Leaving Certificate Examination, 1918
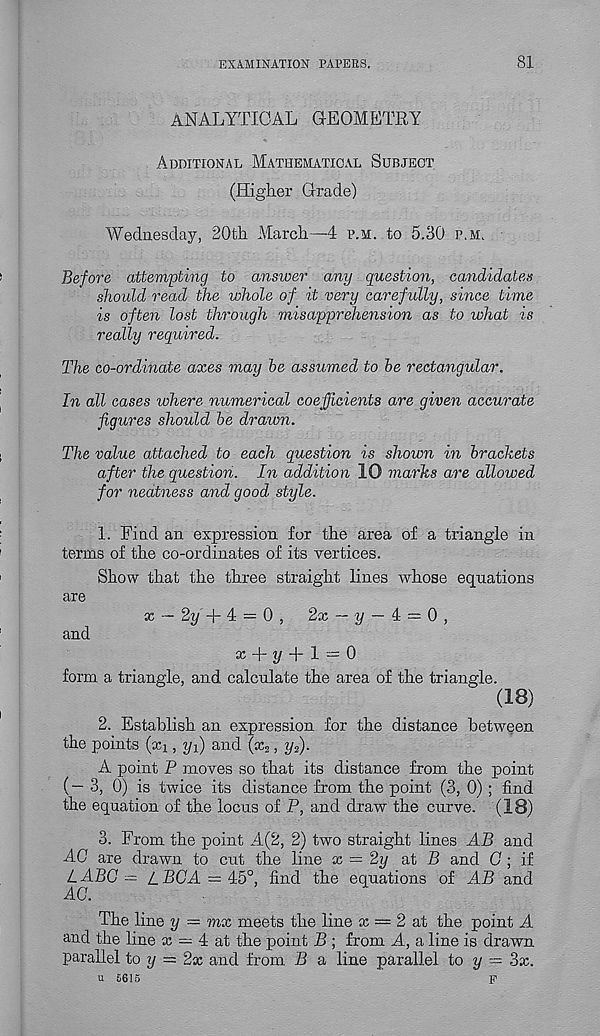
EXAMINATION PAPERS.
81
ANALYTICAL GEOMETRY
Additional Mathematical Subject
(Higher Grade)
Wednesday, 20th March—4 p.m. to 5.30 p.m.
Before attempting to answer any question, candidates
should read the whole of it very carefully, since time
is often lost through misapprehension as to what is
really required.
The co-ordinate axes may he assumed to he rectangular.
In all cases where numerical coefficients are given accurate
figures should he drawn.
The value attached to each question is shown in brackets
after the question. In addition 10 marks are allowed
for neatness and good style.
1. Find an expression for the area of a triangle in
terms of the co-ordinates of its vertices.
Show that the three straight lines whose equations
are
x — 2y + 4 — 0 ,
2x — y — 4 = 0,
and
x + i/ + 1 = 0
form a triangle, and calculate the area of the triangle.
(18)
2. Establish an expression for the distance between
the points (xi, yf) and (x 2 , yf).
A point P moves so that its distance from the point
(— 3, 0) is twice its distance from the point (3, 0); find
the equation of the locus of P, and draw the curve. (18)
3. From the point A(2, 2) two straight lines AB and
AG are drawn to cut the line x = 2y at B and G ; if
L ABC = L BCA — 45°, find the equations of AB and
AG.
The line y — mx meets the line x = 2 at the point A
and the line x = 4 at the point B ; from A, a line is drawn
parallel to y — 2x and from B a line parallel to y = 3x.
u 5615
p